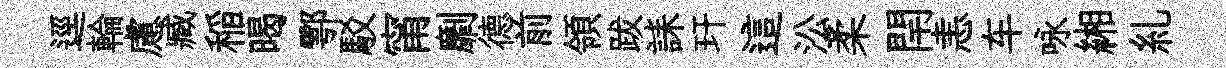
逕輪慮臧稲暍鄠駁甯劘德前領跋誄玕這㳂柔閈恚车咏緗糺